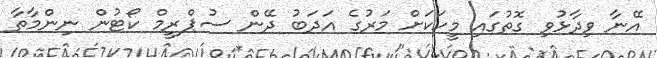
އޭނާ ވިދާޅުވި ގޮތުގައި މީހަކަށް މަރުގެ އަދަބު ދޭން ސުޕްރީމް ކޯޓުން ނިންމާތާ